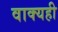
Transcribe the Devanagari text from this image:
वाक्यही